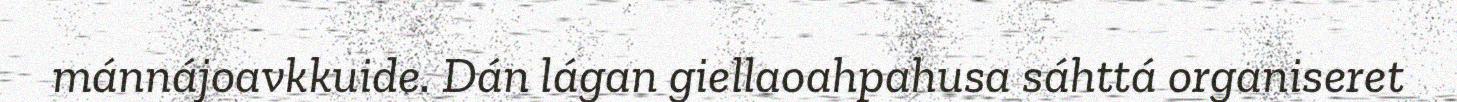
mánnájoavkkuide. Dán lágan giellaoahpahusa sáhttá organiseret